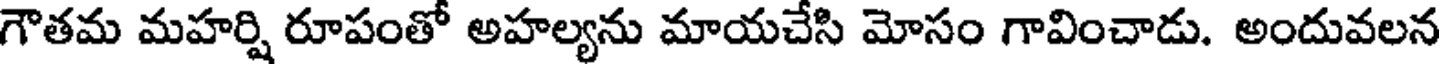
గౌతమ మహర్షి రూపంతో అహల్యను మాయచేసి మోసం గావించాడు. అందువలన